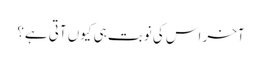
آخر اس کی نوبت ہی کیوں آتی ہے؟